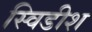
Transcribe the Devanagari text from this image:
स्विडीश